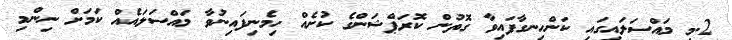
2.މި މައްސަލައިގައި ކަންހިނގާފައިވާ ގޮތުން ކޮރަޕްޝަންގެ ކުށެއް ހިމެނިފައިނުވާ މައްސަލައެއް ކަމަށް ނިންމި